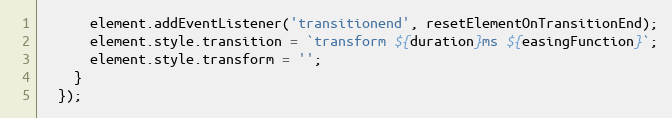
Language: JavaScript
      element.addEventListener('transitionend', resetElementOnTransitionEnd);
      element.style.transition = `transform ${duration}ms ${easingFunction}`;
      element.style.transform = '';
    }
  });